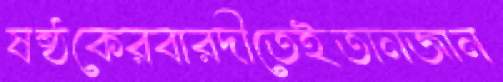
ষষ্ঠকেরবারদীতেইতানজান